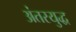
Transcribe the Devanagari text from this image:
अंतरयुद्ध